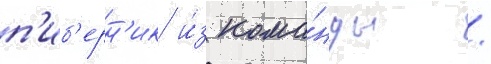
п'иб'ерн'ик и́з кома́нды /